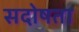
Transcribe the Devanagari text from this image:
सदोषता